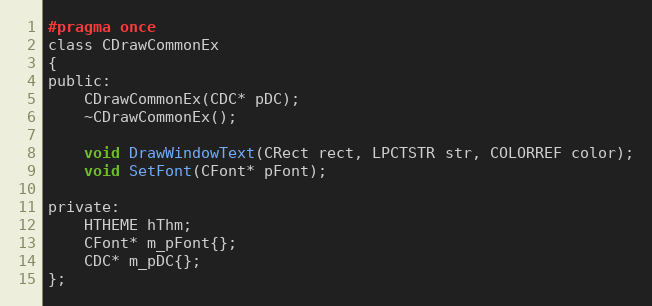
Language: C
#pragma once
class CDrawCommonEx
{
public:
	CDrawCommonEx(CDC* pDC);
	~CDrawCommonEx();

	void DrawWindowText(CRect rect, LPCTSTR str, COLORREF color);
	void SetFont(CFont* pFont);

private:
	HTHEME hThm;
	CFont* m_pFont{};
	CDC* m_pDC{};
};